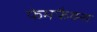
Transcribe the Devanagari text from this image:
फेमफैक्स